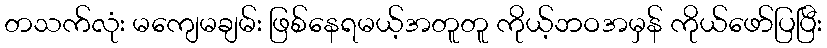
တသက်လုံး မကျေမချမ်း ဖြစ်နေရမယ့်အတူတူ ကိုယ့်ဘဝအမှန် ကိုယ်ဖော်ပြပြီး